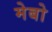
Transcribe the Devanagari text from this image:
मेबो